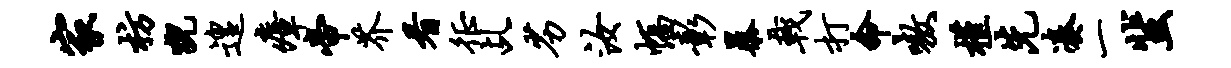
家枋猊遑瘴帝芥看徵乩劣汝幅彰暴戟打命嗷槿先凑一蜚